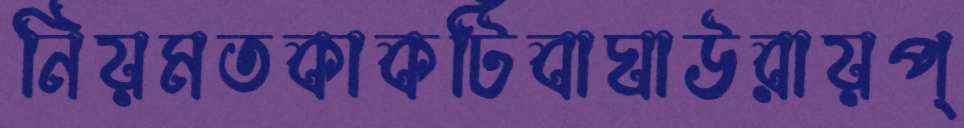
নিয়মতকাকটিবাঘাউরায়প্